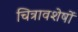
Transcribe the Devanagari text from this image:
चित्रावशेषों